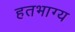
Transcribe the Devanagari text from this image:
हतभाग्य